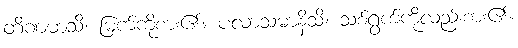
တိဏမာသိ၊ မြက်ကိုစား၏။ ပလာသမာနိသိ၊ သစ်ရွက်ကိုလည်းစား၏။